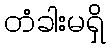
တံခါးမရှိ